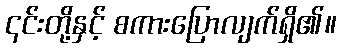
၎င်းတို့နှင့် စကားပြောလျက်ရှိ၏။